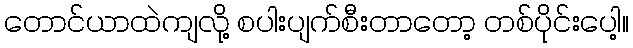
တောင်ယာထဲကျလို့ စပါးပျက်စီးတာတော့ တစ်ပိုင်းပေါ့။